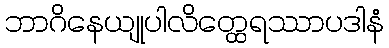
ဘာဂိနေယျုပါလိတ္ထေရဿာပဒါနံ